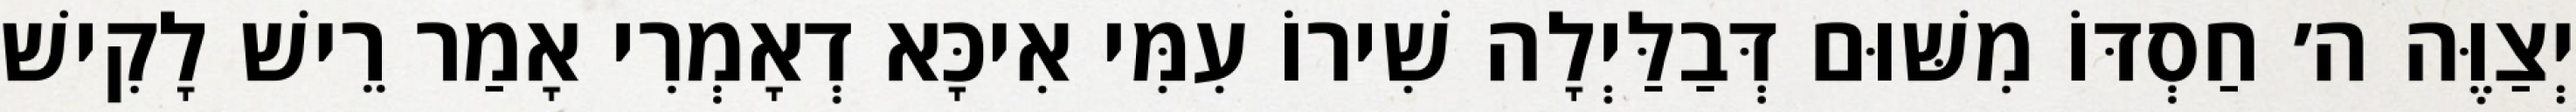
יְצַוֶּה ה׳ חַסְדּוֹ מִשּׁוּם דְּבַלַּיְלָה שִׁירוֹ עִמִּי אִיכָּא דְאָמְרִי אָמַר רֵישׁ לָקִישׁ